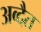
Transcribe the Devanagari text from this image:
अव्दैत